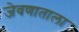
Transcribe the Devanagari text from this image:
जेवणाताला